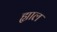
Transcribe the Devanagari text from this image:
ह्याल